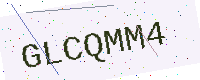
Text: GLCQMM4